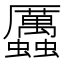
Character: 𧖄